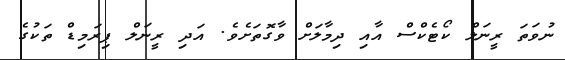
ނުވަތަ ރީނަލް ކޯޓެކްސް އާއި ދިމާލަށް ވާގޮތަށެވެ. އަދި ރީނަލް ޕިރަމިޑް ތަކުގެ